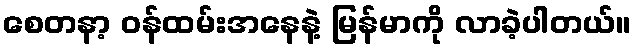
စေတနာ့ ဝန်ထမ်းအနေနဲ့ မြန်မာကို လာခဲ့ပါတယ်။